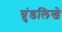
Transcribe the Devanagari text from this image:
ग्रुंडलिखे